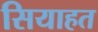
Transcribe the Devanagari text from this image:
सियाहत